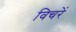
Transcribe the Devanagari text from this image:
विचरें